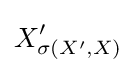
X'_{\sigma (X',X)}